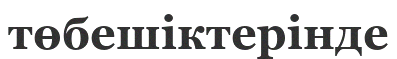
төбешіктерінде